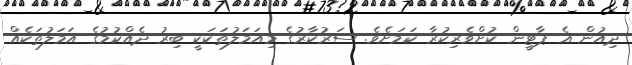
ދިއުން އެ ޕާޓީން ކުށްވެރިކުރާ ކަމަށެވެ. ސަރުކާރުގެ މިއަމަލުތަކަކީ ބިރު ދެއްކުމުގެ އަމަލުތަކެއް